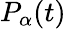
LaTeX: P_{\alpha}(t)